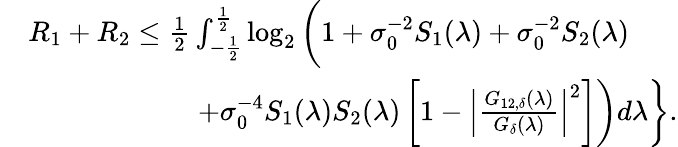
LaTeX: \begin{array}{rl}&{R_{1}+R_{2}\leq\frac{1}{2}\int_{-\frac{1}{2}}^{\frac{1}{2}}\log_{2}\bigg(1+\sigma_{0}^{-2}S_{1}(\lambda)+\sigma_{0}^{-2}S_{2}(\lambda)}\\ &{\quad\quad\quad\quad\quad\quad+\sigma_{0}^{-4}S_{1}(\lambda)S_{2}(\lambda)\left[1-\left|\frac{G_{12,\delta}(\lambda)}{G_{\delta}(\lambda)}\right|^{2}\right]\bigg)d\lambda\bigg\} .}\end{array}